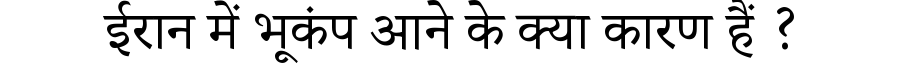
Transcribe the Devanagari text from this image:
ईरान में भूकंप आने के क्या कारण हैं ?